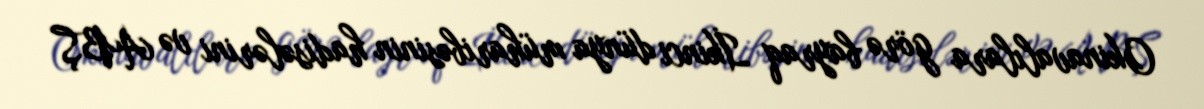
Okinavalılara görə bayraq İkinci dünya müharibəsinin hadisələrini və ABŞ